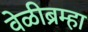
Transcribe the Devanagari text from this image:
वेळीब्रम्हा